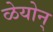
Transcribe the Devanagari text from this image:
ळेयोन्